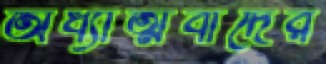
অধ্যাত্মবাদের